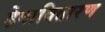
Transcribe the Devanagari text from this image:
हेवावितारण